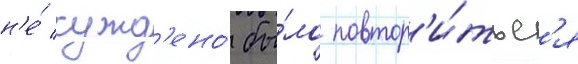
н'е́ сужд'ено́ бы́ло повтор'и́тьс'я